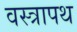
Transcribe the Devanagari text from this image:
वस्त्रापथ